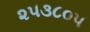
૨૫૩૮૦૫